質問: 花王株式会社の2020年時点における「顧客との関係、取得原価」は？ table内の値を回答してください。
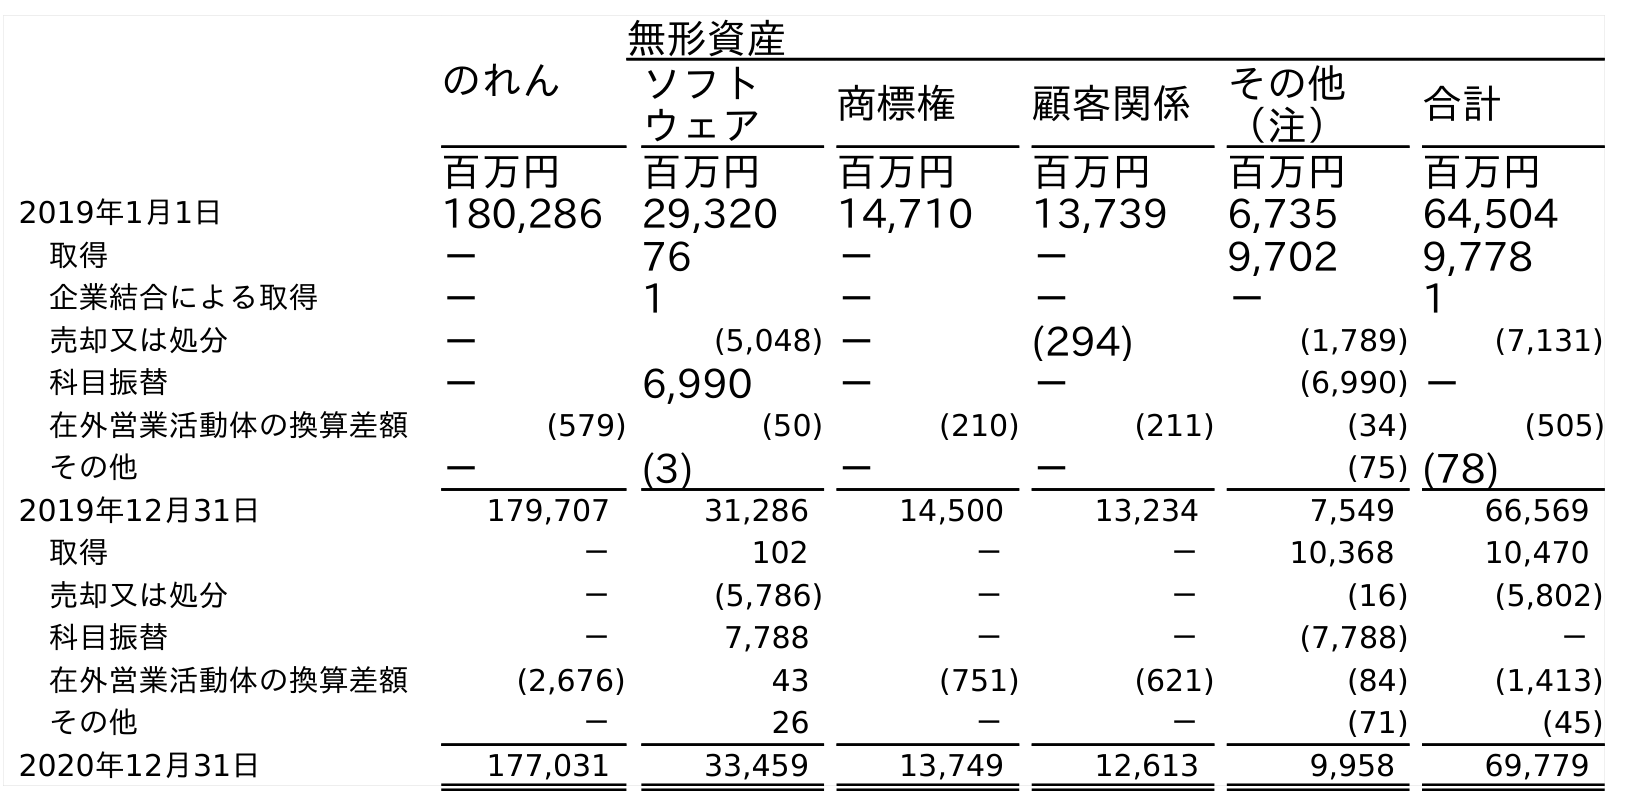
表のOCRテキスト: のれん 無形資産 ソフト ウェア 商標権 顧客関係 その他 （注） 合計 百万円 百万円 百万円 百万円 百万円 百万円 2019年1月1日 180,286 29,320 14,710 13,739 6,735 64,504 取得 － 76 － － 9,702 9,778 企業結合による取得 － 1 － － － 1 売却又は処分 － (5,048) － (294) (1,789) (7,131) 科目振替 － 6,990 － － (6,990) － 在外営業活動体の換算差額 (579) (50) (210) (211) (34) (505) その他 － (3) － － (75) (78) 2019年12月31日 179,707 31,286 14,500 13,234 7,549 66,569 取得 － 102 － － 10,368 10,470 売却又は処分 － (5,786) － － (16) (5,802) 科目振替 － 7,788 － － (7,788) － 在外営業活動体の換算差額 (2,676) 43 (751) (621) (84) (1,413) その他 － 26 － － (71) (45) 2020年12月31日 177,031 33,459 13,749 12,613 9,958 69,779
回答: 12,613